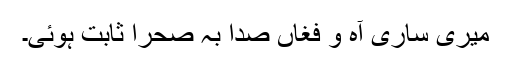
میری ساری آہ و فغاں صدا بہ صحرا ثابت ہوئی۔